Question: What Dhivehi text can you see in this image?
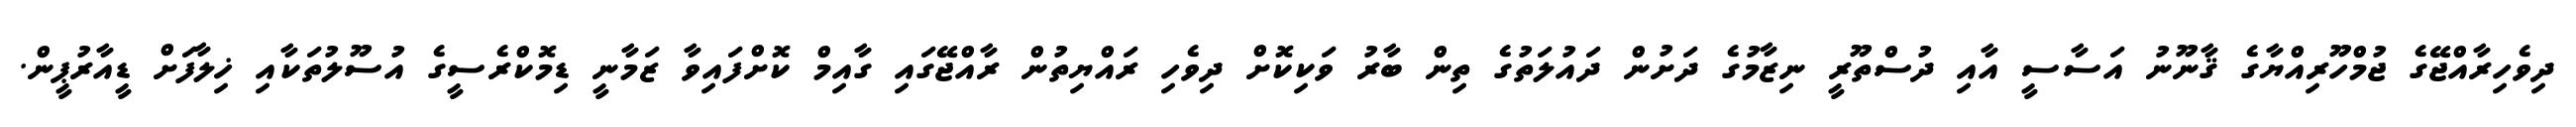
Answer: ދިވެހިރާއްޖޭގެ ޖުމްހޫރިއްޔާގެ ޤާނޫނު އަސާސީ އާއި ދުސްތޫރީ ނިޒާމުގެ ދަށުން ދައުލަތުގެ ތިން ބާރު ވަކިކޮށް ދިވެހި ރައްޔިތުން ރާއްޖޭގައި ގާއިމް ކޮށްފައިވާ ޒަމާނީ ޑިމޮކްރެސީގެ އުސޫލުތަކާއި ޚިލާފަށް ޑީއާރުޕީން.